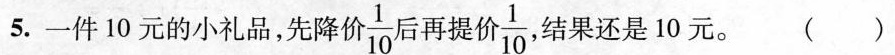
5.一件10元的小礼品，先降价 \frac{1}{10} 后再提价 \frac{1}{10} 结果还是10元。 ( )